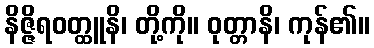
နိဇ္ဇိရဝတ္ထူနိ၊ တို့ကို။ ဝုတ္တာနိ၊ ကုန်၏။